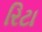
રિટા